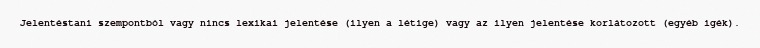
Jelentéstani szempontból vagy nincs lexikai jelentése (ilyen a létige) vagy az ilyen jelentése korlátozott (egyéb igék).